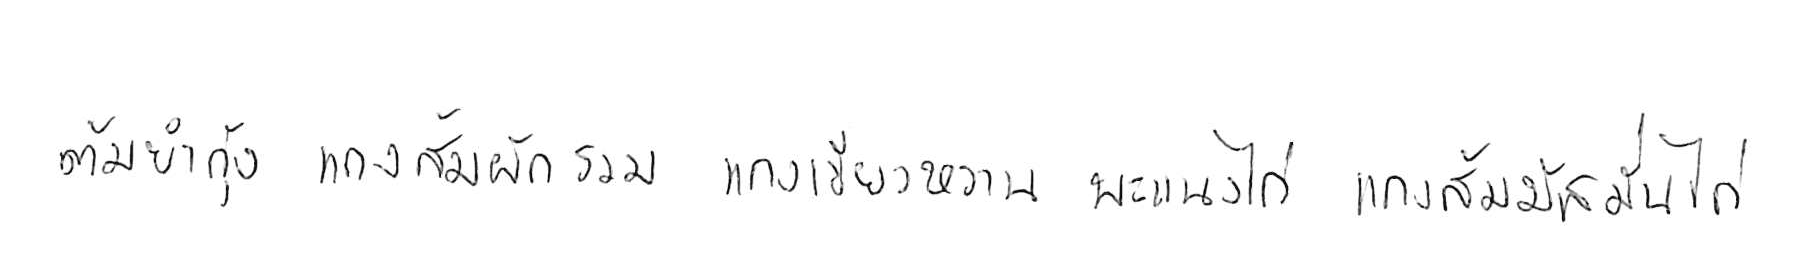
ต้มยำกุ้ง แกงส้มผักรวม แกงเขียวหวาน พะแนงไก่ แกงมัสมั่นไก่